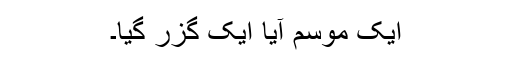
ایک موسم آیا ایک گزر گیا۔